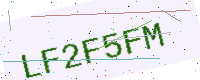
Text: LF2F5FM